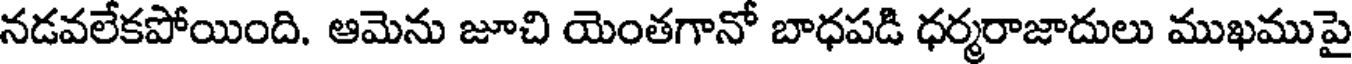
నడవలేకపోయింది. ఆమెను జూచి యెంతగానో బాధపడి ధర్మరాజాదులు ముఖముపై